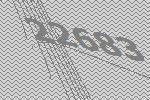
22683